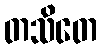
တသိတေ